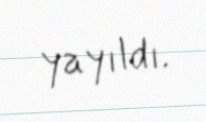
yayıldı.